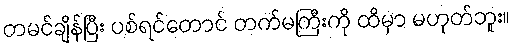
တမင်ချိန်ပြီး ပစ်ရင်တောင် တက်မကြီးကို ထိမှာ မဟုတ်ဘူး။